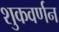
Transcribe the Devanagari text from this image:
शुकवर्णन